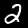
Digit: 2